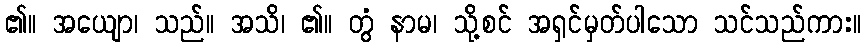
၏။ အယျော၊ သည်။ အသိ၊ ၏။ တွံ နာမ၊ သို့စင် အရှင်မှတ်ပါသော သင်သည်ကား။